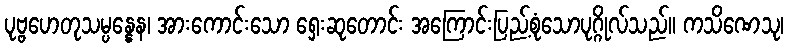
ပုဗ္ဗဟေတုသမ္ပန္နေန၊ အားကောင်းသော ရှေးဆုတောင်း အကြောင်းပြည့်စုံသောပုဂ္ဂိုလ်သည်။ ကသိဏေသု၊